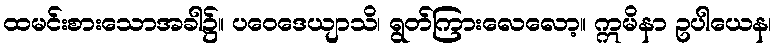
ထမင်းစားသောအခါ၌။ ပဝေဒေယျာသိ၊ ရွတ်ကြားလေလော့။ ဣမိနာ ဥပါယေန၊